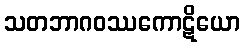
သတဘာဂဝဿကောဋိယော